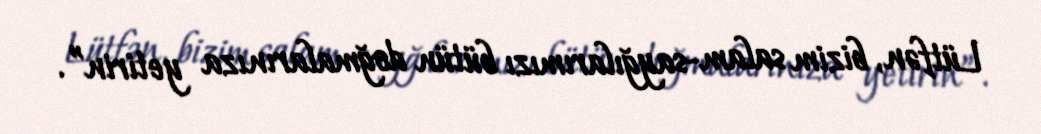
Lütfən, bizim salam-sayğılarımızı bütün doğmalarınıza yetirin”.